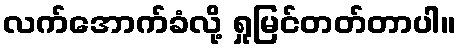
လက်အောက်ခံလို့ ရှုမြင်တတ်တာပါ။